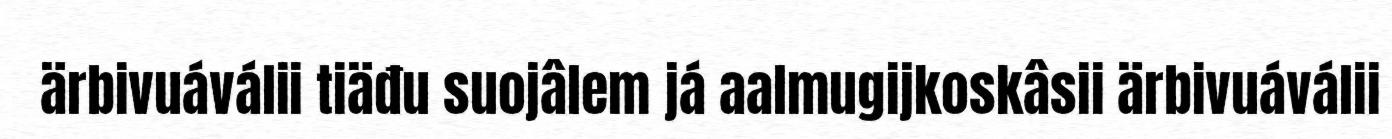
ärbivuáválii tiäđu suojâlem já aalmugijkoskâsii ärbivuáválii